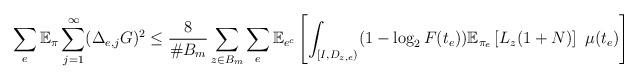
LaTeX: \begin{align*}\sum_e \mathbb{E}_\pi \sum_{j=1}^\infty (\Delta_{e,j} G)^2 \leq \frac{8}{\# B_m} \sum_{z \in B_m} \sum_e \mathbb{E}_{e^c} \left[ \int_{[I,D_{z,e})} (1-\log_2 F(t_e))\mathbb{E}_{\pi_e} \left[ L_z (1+N)\right]~\mu(t_e) \right] \\\end{align*}